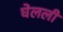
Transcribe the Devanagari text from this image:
घेलली